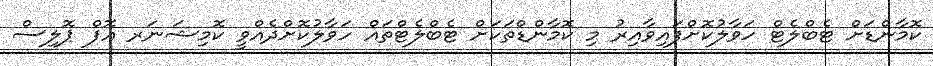
ކޮމާންޑަށް ޓެބްލެޓް ހަވާލުކޮށްފައިވާއިރު މި ކޮމާންޑްތަކަށް ޓެބްލެޓްތައް ހަވާލުކޮށްދެއްވީ ކޮމިޝަނަރ އޮފް ޕޮލިސް